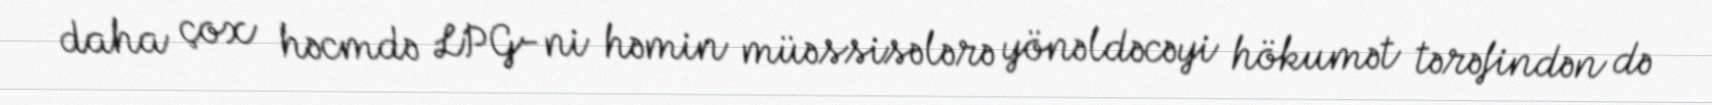
daha çox həcmdə LPG-ni həmin müəssisələrə yönəldəcəyi hökumət tərəfindən də